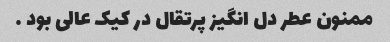
ممنون عطر دل انگیز پرتقال در کیک عالی بود …